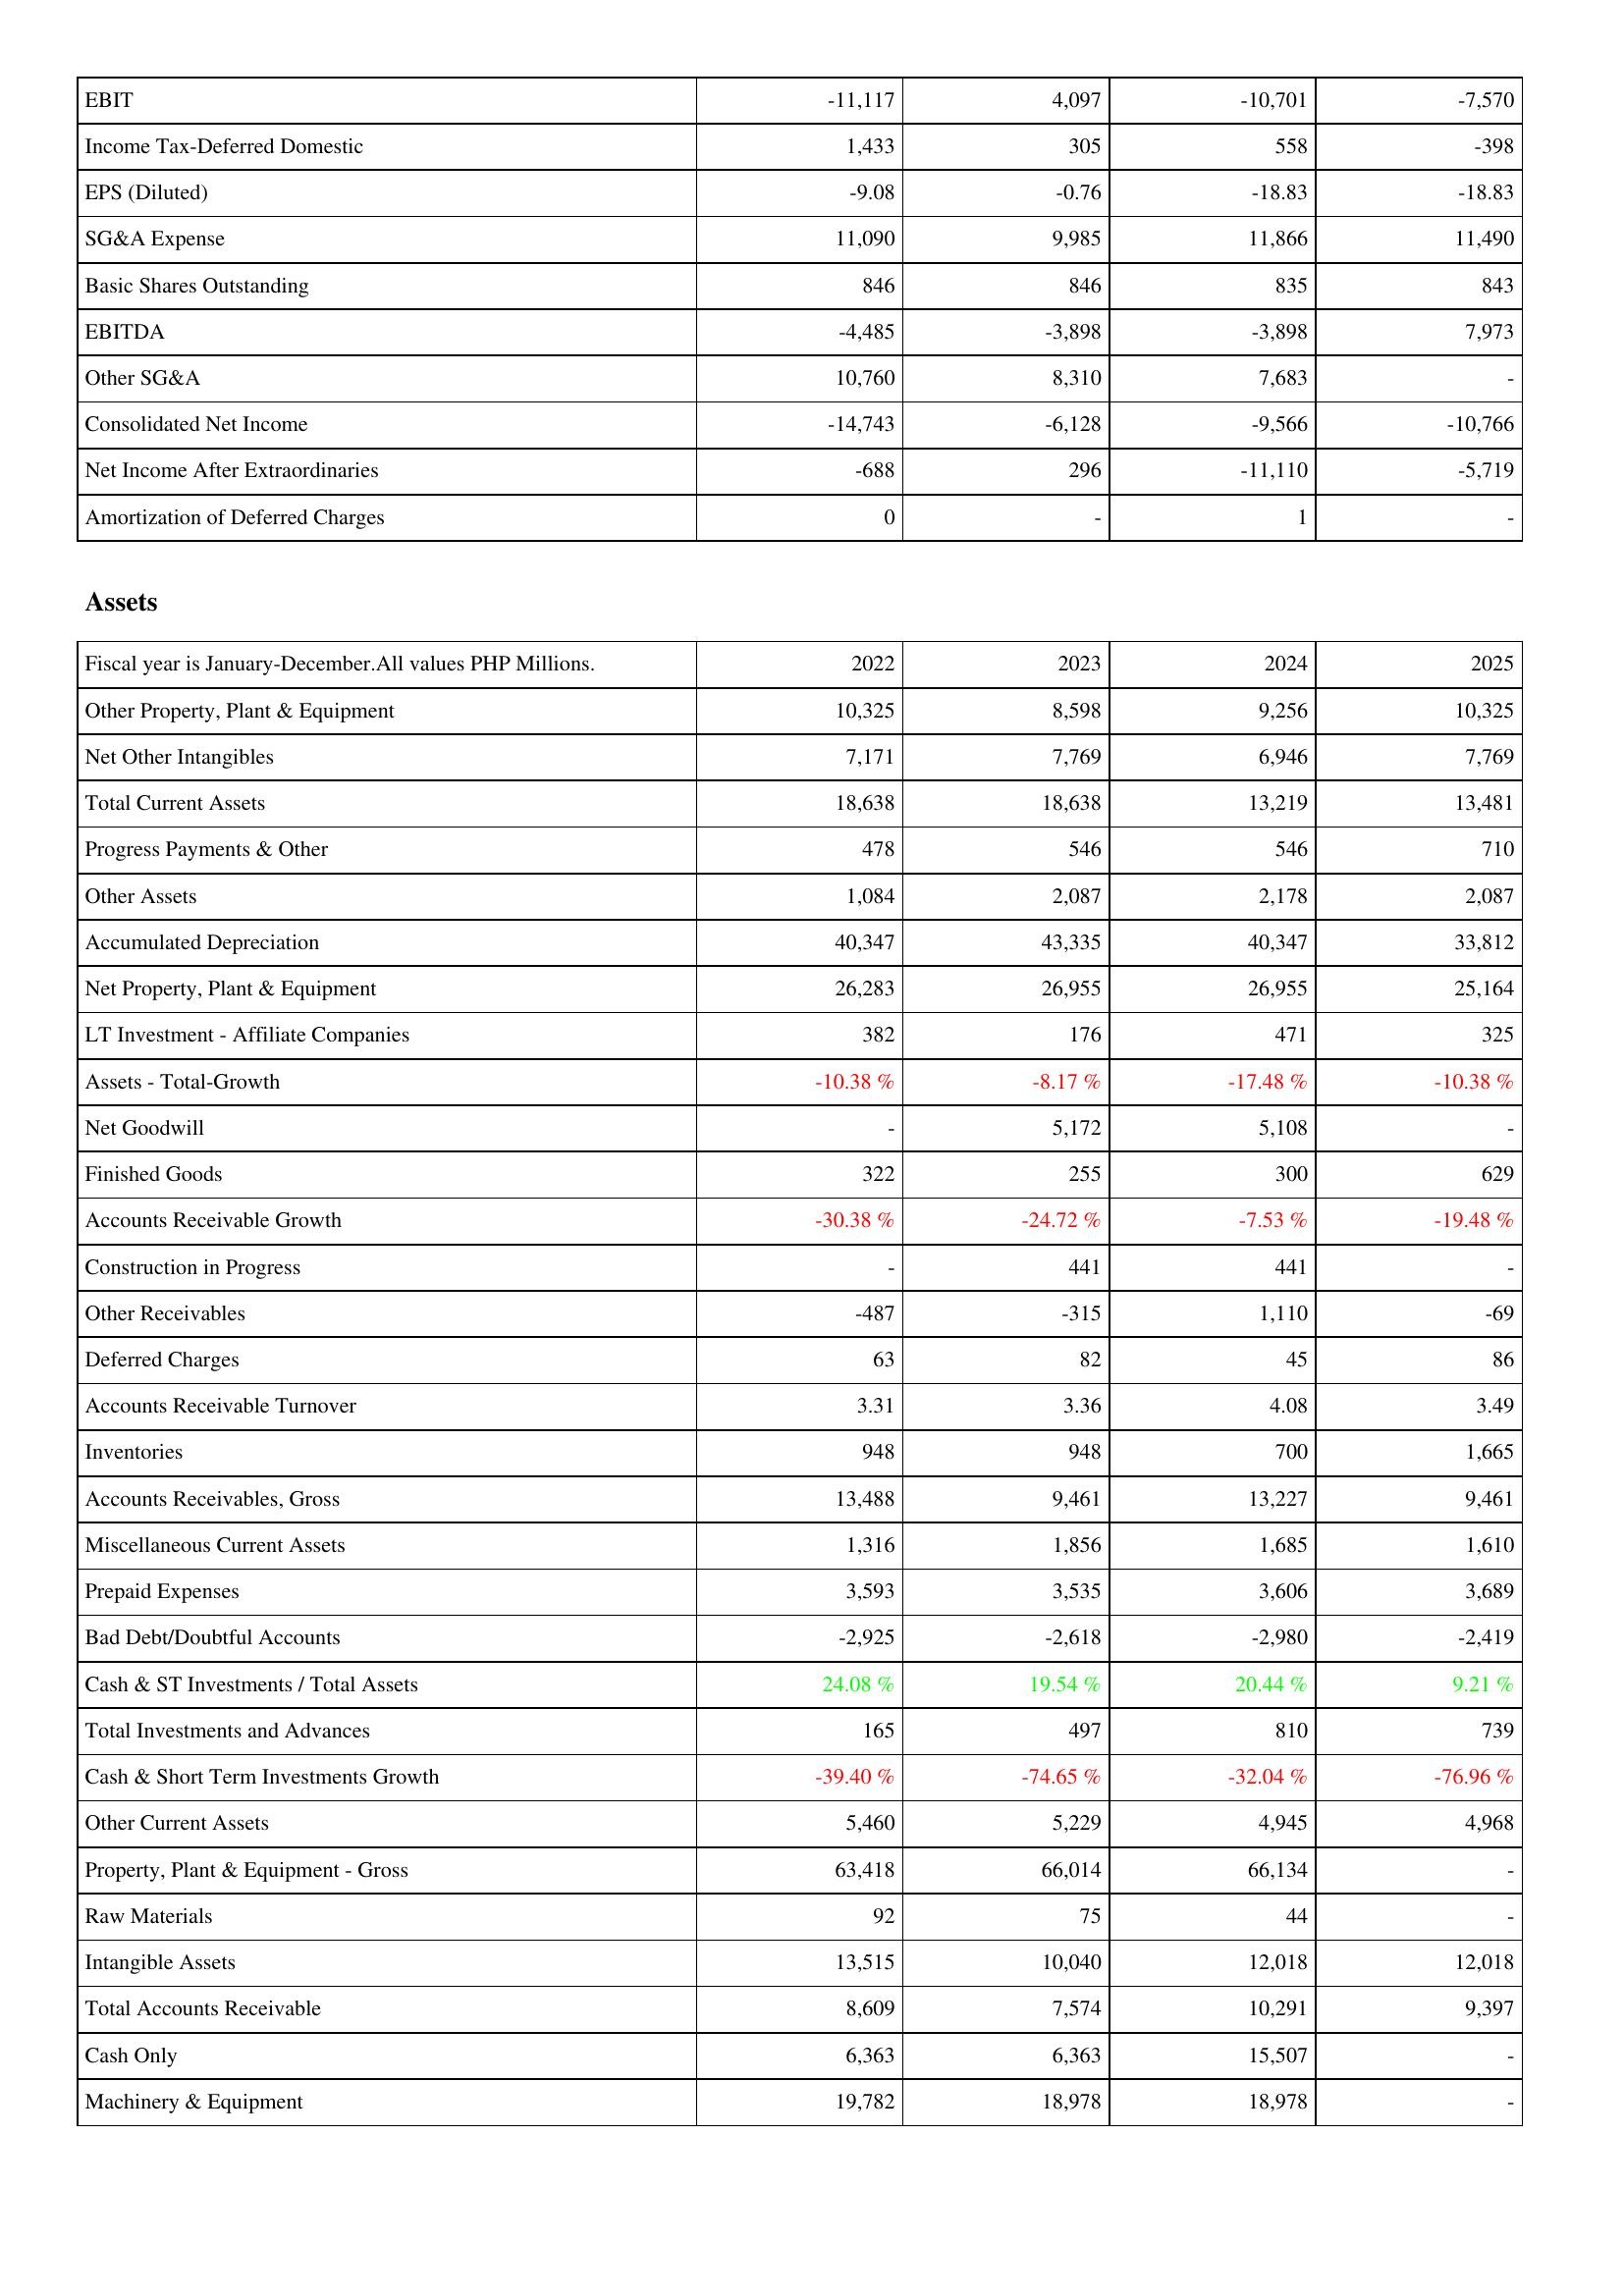
2022: Income Statement: EBIT: -11,117
Income Tax-Deferred Domestic: 1,433
EPS (Diluted): -9.08
SG&A Expense: 11,090
Basic Shares Outstanding: 846
EBITDA: -4,485
Other SG&A: 10,760
Consolidated Net Income: -14,743
Net Income After Extraordinaries: -688
Amortization of Deferred Charges: 0
Assets: Other Property, Plant & Equipment: 10,325
Net Other Intangibles: 7,171
Total Current Assets: 18,638
Progress Payments & Other: 478
Other Assets: 1,084
Accumulated Depreciation: 40,347
Net Property, Plant & Equipment: 26,283
LT Investment - Affiliate Companies: 382
Assets - Total-Growth: -10.38 %
Net Goodwill: -
Finished Goods: 322
Accounts Receivable Growth: -30.38 %
Construction in Progress: -
Other Receivables: -487
Deferred Charges: 63
Accounts Receivable Turnover: 3.31
Inventories: 948
Accounts Receivables, Gross: 13,488
Miscellaneous Current Assets: 1,316
Prepaid Expenses: 3,593
Bad Debt/Doubtful Accounts: -2,925
Cash & ST Investments / Total Assets: 24.08 %
Total Investments and Advances: 165
Cash & Short Term Investments Growth: -39.40 %
Other Current Assets: 5,460
Property, Plant & Equipment - Gross: 63,418
Raw Materials: 92
Intangible Assets: 13,515
Total Accounts Receivable: 8,609
Cash Only: 6,363
Machinery & Equipment: 19,782
2023: Income Statement: EBIT: 4,097
Income Tax-Deferred Domestic: 305
EPS (Diluted): -0.76
SG&A Expense: 9,985
Basic Shares Outstanding: 846
EBITDA: -3,898
Other SG&A: 8,310
Consolidated Net Income: -6,128
Net Income After Extraordinaries: 296
Amortization of Deferred Charges: -
Assets: Other Property, Plant & Equipment: 8,598
Net Other Intangibles: 7,769
Total Current Assets: 18,638
Progress Payments & Other: 546
Other Assets: 2,087
Accumulated Depreciation: 43,335
Net Property, Plant & Equipment: 26,955
LT Investment - Affiliate Companies: 176
Assets - Total-Growth: -8.17 %
Net Goodwill: 5,172
Finished Goods: 255
Accounts Receivable Growth: -24.72 %
Construction in Progress: 441
Other Receivables: -315
Deferred Charges: 82
Accounts Receivable Turnover: 3.36
Inventories: 948
Accounts Receivables, Gross: 9,461
Miscellaneous Current Assets: 1,856
Prepaid Expenses: 3,535
Bad Debt/Doubtful Accounts: -2,618
Cash & ST Investments / Total Assets: 19.54 %
Total Investments and Advances: 497
Cash & Short Term Investments Growth: -74.65 %
Other Current Assets: 5,229
Property, Plant & Equipment - Gross: 66,014
Raw Materials: 75
Intangible Assets: 10,040
Total Accounts Receivable: 7,574
Cash Only: 6,363
Machinery & Equipment: 18,978
2024: Income Statement: EBIT: -10,701
Income Tax-Deferred Domestic: 558
EPS (Diluted): -18.83
SG&A Expense: 11,866
Basic Shares Outstanding: 835
EBITDA: -3,898
Other SG&A: 7,683
Consolidated Net Income: -9,566
Net Income After Extraordinaries: -11,110
Amortization of Deferred Charges: 1
Assets: Other Property, Plant & Equipment: 9,256
Net Other Intangibles: 6,946
Total Current Assets: 13,219
Progress Payments & Other: 546
Other Assets: 2,178
Accumulated Depreciation: 40,347
Net Property, Plant & Equipment: 26,955
LT Investment - Affiliate Companies: 471
Assets - Total-Growth: -17.48 %
Net Goodwill: 5,108
Finished Goods: 300
Accounts Receivable Growth: -7.53 %
Construction in Progress: 441
Other Receivables: 1,110
Deferred Charges: 45
Accounts Receivable Turnover: 4.08
Inventories: 700
Accounts Receivables, Gross: 13,227
Miscellaneous Current Assets: 1,685
Prepaid Expenses: 3,606
Bad Debt/Doubtful Accounts: -2,980
Cash & ST Investments / Total Assets: 20.44 %
Total Investments and Advances: 810
Cash & Short Term Investments Growth: -32.04 %
Other Current Assets: 4,945
Property, Plant & Equipment - Gross: 66,134
Raw Materials: 44
Intangible Assets: 12,018
Total Accounts Receivable: 10,291
Cash Only: 15,507
Machinery & Equipment: 18,978
2025: Income Statement: EBIT: -7,570
Income Tax-Deferred Domestic: -398
EPS (Diluted): -18.83
SG&A Expense: 11,490
Basic Shares Outstanding: 843
EBITDA: 7,973
Other SG&A: -
Consolidated Net Income: -10,766
Net Income After Extraordinaries: -5,719
Amortization of Deferred Charges: -
Assets: Other Property, Plant & Equipment: 10,325
Net Other Intangibles: 7,769
Total Current Assets: 13,481
Progress Payments & Other: 710
Other Assets: 2,087
Accumulated Depreciation: 33,812
Net Property, Plant & Equipment: 25,164
LT Investment - Affiliate Companies: 325
Assets - Total-Growth: -10.38 %
Net Goodwill: -
Finished Goods: 629
Accounts Receivable Growth: -19.48 %
Construction in Progress: -
Other Receivables: -69
Deferred Charges: 86
Accounts Receivable Turnover: 3.49
Inventories: 1,665
Accounts Receivables, Gross: 9,461
Miscellaneous Current Assets: 1,610
Prepaid Expenses: 3,689
Bad Debt/Doubtful Accounts: -2,419
Cash & ST Investments / Total Assets: 9.21 %
Total Investments and Advances: 739
Cash & Short Term Investments Growth: -76.96 %
Other Current Assets: 4,968
Property, Plant & Equipment - Gross: -
Raw Materials: -
Intangible Assets: 12,018
Total Accounts Receivable: 9,397
Cash Only: -
Machinery & Equipment: -